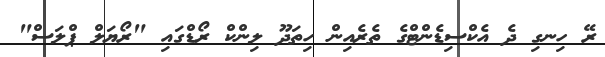
ރޭ ހިނގި ދެ އެކްސިޑެންޓްގެ ތެރެއިން ހިތަދޫ ލިންކް ރޯޑްގައި "ރޯޔަލް ޕްލަސް"